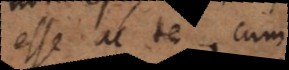
esse ac te, cum